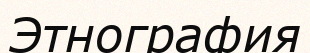
Этнография